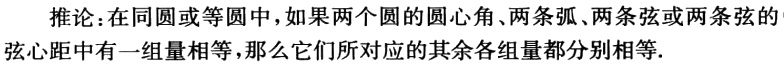
推论：在同圆或等圆中，如果两个圆的圆心角、两条弧、两条弦或两条弦的弦心距中有一组量相等，那么它们所对应的其余各组量都分别相等.